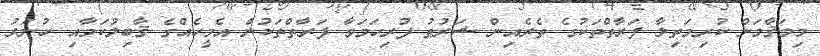
މިމަޤާމަށް ކުރިމަތިލާ ފަރާތްތަކުގެ ތެރެއިން ޝަރުޠު ފުރިހަމަވާ ފަރާތްތަކުން އެމީހެއްގެ ޤާބިލުކަމާއި ހުނަރު